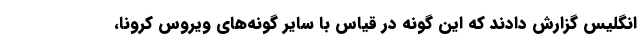
انگلیس گزارش دادند که این گونه در قیاس با سایر گونه‌های ویروس کرونا،